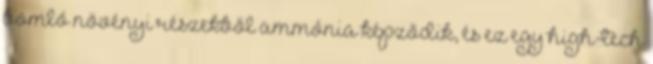
bomló növényi részekből ammónia képződik, és ez egy high-tech